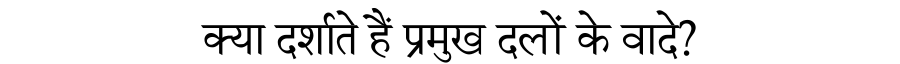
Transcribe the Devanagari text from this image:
क्या दर्शाते हैं प्रमुख दलों के वादे?